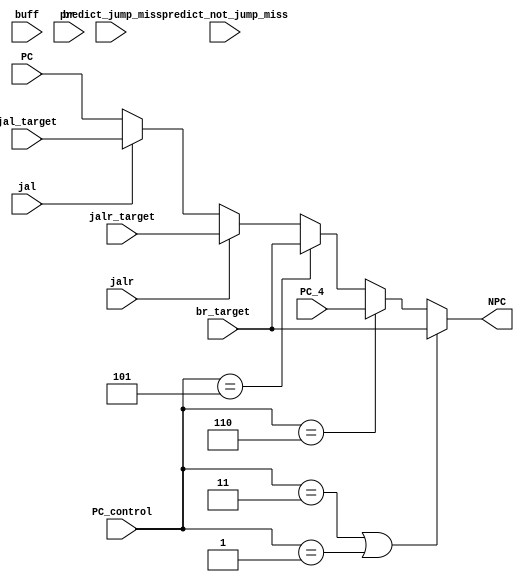
`timescale 1ns / 1ps
//////////////////////////////////////////////////////////////////////////////////
// Company: USTC ESLAB
// 
// Design Name: RV32I Core
// Module Name: NPC Generator
// Tool Versions: Vivado 2017.4.1
// Description: RV32I Next PC Generator
// 
//////////////////////////////////////////////////////////////////////////////////


//  
    //  ?
    //  debugsimulation
// 
    // PC                PC + 4, PC?
    // jal_target        jal
    // jalr_target       jalr
    // br_target         br
    // jal               jal == 1jal
    // jalr              jalr == 1jalr
    // br                br == 1br
// 
    // NPC               
//   
    // NPC_Generator

module NPC_Generator(
    input wire [31:0] PC, jal_target, jalr_target, br_target, PC_4, buff,
    input wire jal, jalr, br, predict_not_jump_miss, predict_jump_miss,
    input wire [2:0] PC_control,
    output reg [31:0] NPC
    );
    always@(*)
    begin
        if(PC_control == 3'b011 || PC_control == 3'b001) NPC <= br_target;
        else if(PC_control == 3'b110) NPC <= PC_4;
        else if(PC_control == 3'b101) NPC <= br_target;
        else if(jalr == 1) NPC <= jalr_target;
        else if(jal == 1) NPC <= jal_target;
        else NPC <= PC; 
    end
    // TODO: Complete this module

endmodule